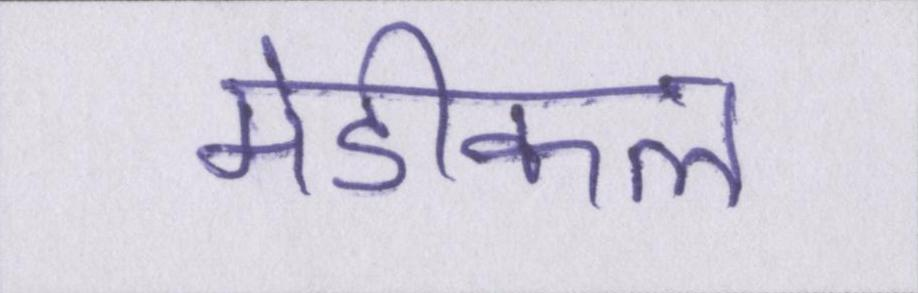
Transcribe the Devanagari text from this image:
मेडीकल